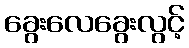
ခွေးလေခွေးလွင့်